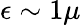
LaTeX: \epsilon\sim 1\mu